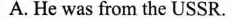
A.He was from the USSR.